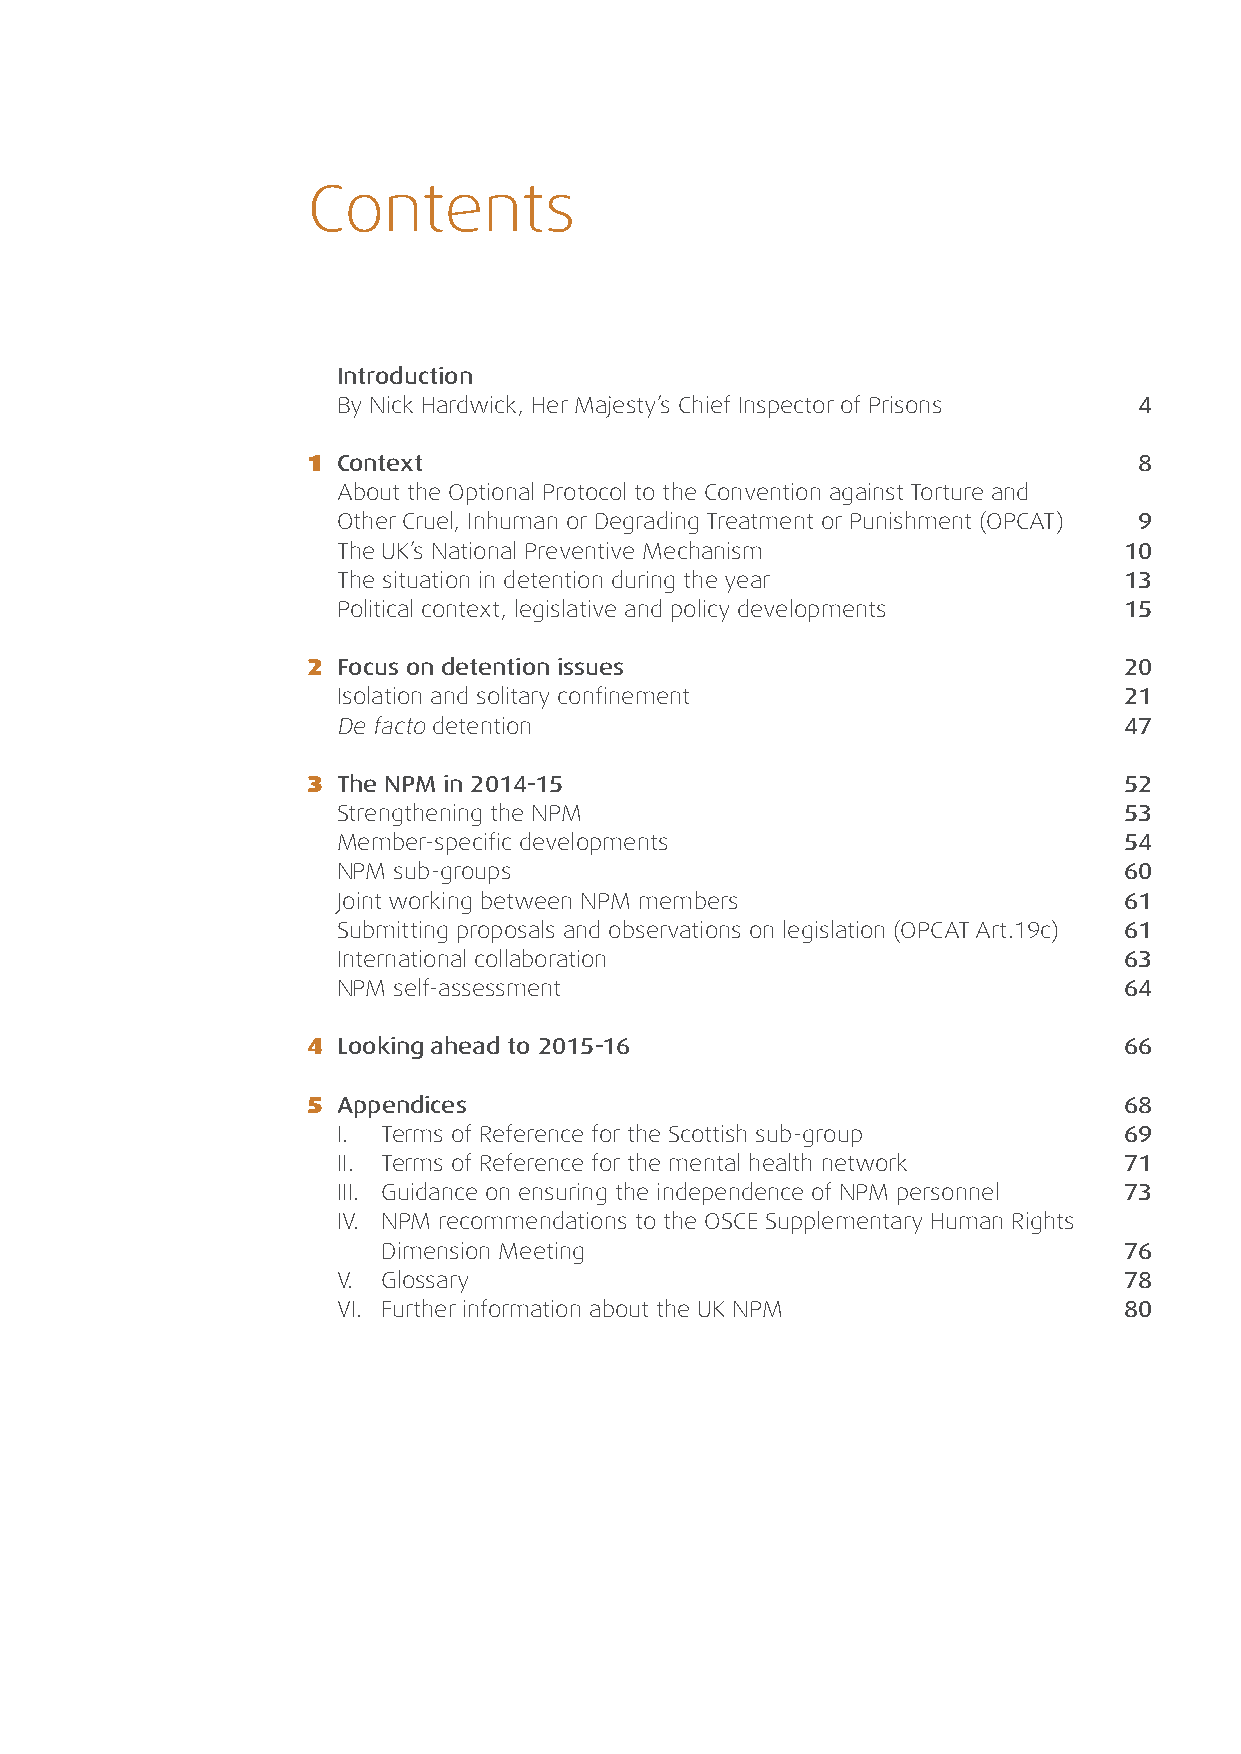
Contents
 Introduction
 By Nick Hardwick, Her Majesty’s Chief Inspector of Prisons 4
 1 Context                                              8
 About the Optional Protocol to the Convention against Torture and
 Other Cruel, Inhuman or Degrading Treatment or Punishment (OPCAT) 9
 The UK’s National Preventive Mechanism              10
 The situation in detention during the year          13
 Political context, legislative and policy developments 15
 2 Focus on detention issues                           20
 Isolation and solitary confinement                  21
 De facto detention                                  47
 3 The NPM in 2014-15                                  52
 Strengthening the NPM                               53
 Member-specific developments                        54
 NPM sub-groups                                      60
 Joint working between NPM members                   61
 Submitting proposals and observations on legislation (OPCAT Art.19c) 61
 International collaboration                         63
 NPM self-assessment                                 64
 4 Looking ahead to 2015-16                            66
 5 Appendices                                          68
 I. Terms of Reference for the Scottish sub-group    69
 II. Terms of Reference for the mental health network 71
 III. Guidance on ensuring the independence of NPM personnel 73
 IV. NPM recommendations to the OSCE Supplementary Human Rights
 Dimension Meeting                                76
 V. Glossary                                         78
 VI. Further information about the UK NPM            80